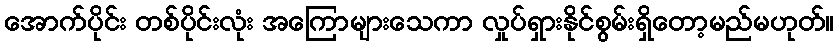
အောက်ပိုင်း တစ်ပိုင်းလုံး အကြောများသေကာ လှုပ်ရှားနိုင်စွမ်းရှိတော့မည်မဟုတ်။